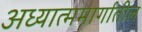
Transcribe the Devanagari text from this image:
अध्यात्ममार्गातील